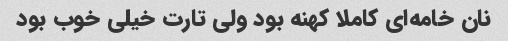
نان خامه‌ای کاملا کهنه بود ولی تارت خیلی خوب بود